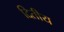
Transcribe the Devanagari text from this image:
दितीय